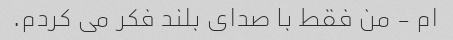
ام - من فقط با صدای بلند فکر می کردم.